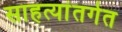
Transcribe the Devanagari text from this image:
साहत्यांतर्गत